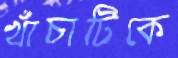
খাঁচাটিকে